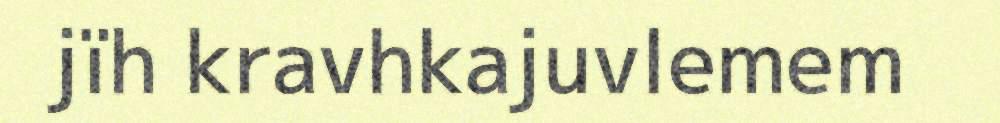
jïh kravhkajuvlemem